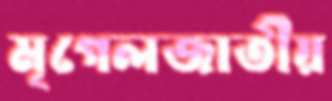
মৃগেলজাতীয়